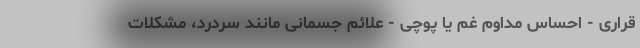
قراری - احساس مداوم غم یا پوچی - علائم جسمانی مانند سردرد، مشکلات